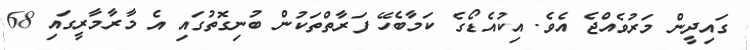
ގައިދީން މަރުވެއްޖެ އެވެ. އިކުއެޑޯގެ ކަމާބެހޭ ފަރާތްތަކުން ބުނިގޮތުގައި އެ މާރާމާރީގައި 68